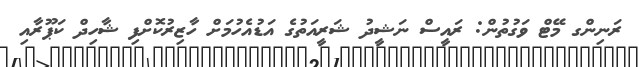
ރަނިންގ މޭޓް ވަގުތުން: ރައީސް ނަޝީދު ޝަރީއަތުގެ އަޑުއެހުމަށް ހާޒިރުކޮށްފި ޝާހިދް ކަޕޫރާއި